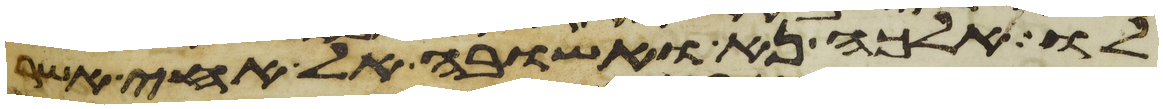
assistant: לו אלכה נא ואשובה אל אחי אשר